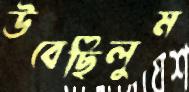
উবেছিলুম